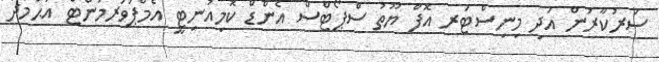
ސަރުކާރުން އަދި މިނިސްޓަރ އޮފް ޔޫތު ސްޕޯޓްސް އެންޑް ކޮމިއުނިޓީ އެމްޕަވަރމަންޓް އަޙްމަދު